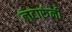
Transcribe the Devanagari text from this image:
लुटारूंनी